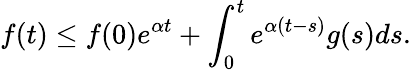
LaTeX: f(t)\leq f(0)e^{\alpha t}+\int_{0}^{t}e^{\alpha(t-s)}g(s)ds.